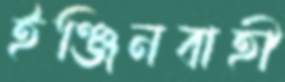
ইঞ্জিনবাহী